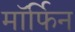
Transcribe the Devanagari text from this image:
माॅर्फिन